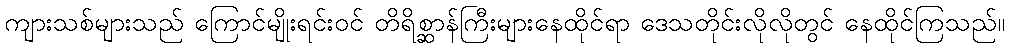
ကျားသစ်များသည် ကြောင်မျိုးရင်းဝင် တိရိစ္ဆာန်ကြီးများနေထိုင်ရာ ဒေသတိုင်းလိုလိုတွင် နေထိုင်ကြသည်။